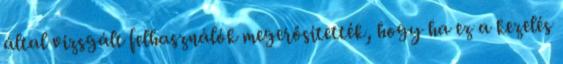
által vizsgált felhasználók megerősítették, hogy ha ez a kezelés